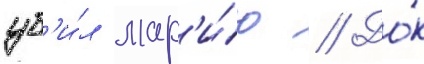
уб'и́л мар'и́ю // До́к